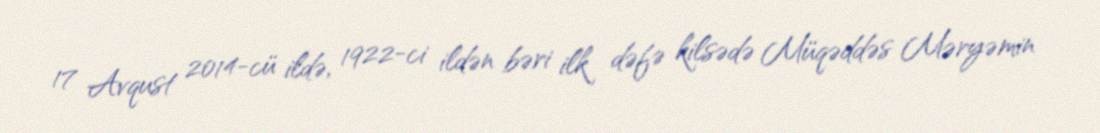
17 Avqust 2014-cü ildə, 1922-ci ildən bəri ilk dəfə kilsədə Müqəddəs Məryəmin